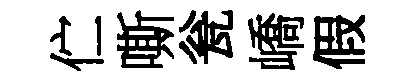
伫嘶瓮嶠假